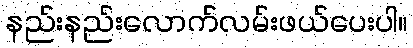
နည်းနည်းလောက်လမ်းဖယ်ပေးပါ။